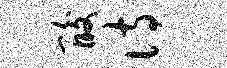
酸诗